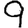
Digit: 9